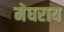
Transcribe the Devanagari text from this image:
मेघराय